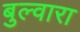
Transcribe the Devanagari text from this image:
बुल्वारा